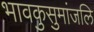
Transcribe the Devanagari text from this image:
भावकुसुमांजलि